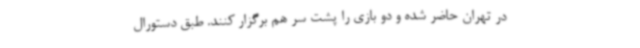
در تهران حاضر شده و دو بازی را پشت سر هم برگزار کنند. طبق دستورال